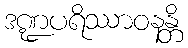
ဒဏ္ဍပရိဿာဝနန္တိ